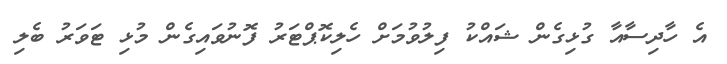
އެ ހާދިސާއާ ގުޅިގެން ޝައްކު ފިލުވުމަށް ހެލިކޮޕްޓަރު ފޮނުވައިގެން މުޅި ޓަވަރު ބެލި